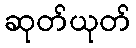
ဆုတ်ယုတ်